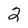
Character: 2